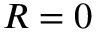
R = 0